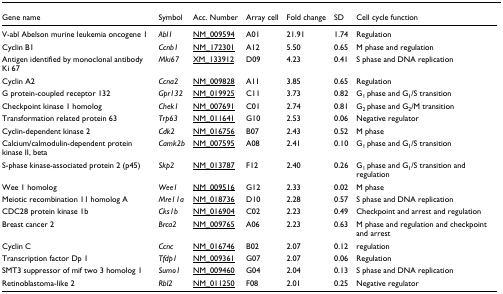
<table><thead><tr><td><b>Gene name</b></td><td><b>Symbol</b></td><td><b>Acc. Number</b></td><td><b>Array cell</b></td><td><b>Fold change</b></td><td><b>SD</b></td><td><b>Cell cycle function</b></td></tr></thead><tbody><tr><td>V-abl Abelson murine leukemia oncogene 1</td><td><i>Abl1</i></td><td>NM_009594</td><td>A01</td><td>21.91</td><td>1.74</td><td>Regulation</td></tr><tr><td>Cyclin B1</td><td><i>Ccnb1</i></td><td>NM_172301</td><td>A12</td><td>5.50</td><td>0.65</td><td>M phase and regulation</td></tr><tr><td>Antigen identified by monoclonal antibody Ki 67</td><td><i>Mki67</i></td><td>XM_133912</td><td>D09</td><td>4.23</td><td>0.41</td><td>S phase and DNA replication</td></tr><tr><td>Cyclin A2</td><td><i>Ccna2</i></td><td>NM_009828</td><td>A11</td><td>3.85</td><td>0.65</td><td>Regulation</td></tr><tr><td>G protein-coupled receptor 132</td><td><i>Gpr132</i></td><td>NM_019925</td><td>C11</td><td>3.73</td><td>0.82</td><td>G<sub>1 </sub>phase and G<sub>1</sub>/S transition</td></tr><tr><td>Checkpoint kinase 1 homolog</td><td><i>Chek1</i></td><td>NM_007691</td><td>C01</td><td>2.74</td><td>0.81</td><td>G<sub>2 </sub>phase and G<sub>2</sub>/M transition</td></tr><tr><td>Transformation related protein 63</td><td><i>Trp63</i></td><td>NM_011641</td><td>G10</td><td>2.53</td><td>0.06</td><td>Negative regulator</td></tr><tr><td>Cyclin-dependent kinase 2</td><td><i>Cdk2</i></td><td>NM_016756</td><td>B07</td><td>2.43</td><td>0.52</td><td>M phase</td></tr><tr><td>Calcium/calmodulin-dependent protein kinase II, beta</td><td><i>Camk2b</i></td><td>NM_007595</td><td>A08</td><td>2.41</td><td>0.10</td><td>G<sub>1 </sub>phase and G<sub>1</sub>/S transition</td></tr><tr><td>S-phase kinase-associated protein 2 (p45)</td><td><i>Skp2</i></td><td>NM_013787</td><td>F12</td><td>2.40</td><td>0.26</td><td>G<sub>1 </sub>phase and G<sub>1</sub>/S transition and regulation</td></tr><tr><td>Wee 1 homolog</td><td><i>Wee1</i></td><td>NM_009516</td><td>G12</td><td>2.33</td><td>0.02</td><td>M phase</td></tr><tr><td>Meiotic recombination 11 homolog A</td><td><i>Mre11a</i></td><td>NM_018736</td><td>D10</td><td>2.28</td><td>0.57</td><td>S phase and DNA replication</td></tr><tr><td>CDC28 protein kinase 1b</td><td><i>Cks1b</i></td><td>NM_016904</td><td>C02</td><td>2.23</td><td>0.49</td><td>Checkpoint and arrest and regulation</td></tr><tr><td>Breast cancer 2</td><td><i>Brca2</i></td><td>NM_009765</td><td>A06</td><td>2.23</td><td>0.63</td><td>M phase and regulation and checkpoint and arrest</td></tr><tr><td>Cyclin C</td><td><i>Ccnc</i></td><td>NM_016746</td><td>B02</td><td>2.07</td><td>0.12</td><td>regulation</td></tr><tr><td>Transcription factor Dp 1</td><td><i>Tfdp1</i></td><td>NM_009361</td><td>G07</td><td>2.07</td><td>0.06</td><td>Regulation</td></tr><tr><td>SMT3 suppressor of mif two 3 homolog 1</td><td><i>Sumo1</i></td><td>NM_009460</td><td>G04</td><td>2.04</td><td>0.13</td><td>S phase and DNA replication</td></tr><tr><td>Retinoblastoma-like 2</td><td><i>Rbl2</i></td><td>NM_011250</td><td>F08</td><td>2.01</td><td>0.25</td><td>Negative regulator</td></tr></tbody></table>